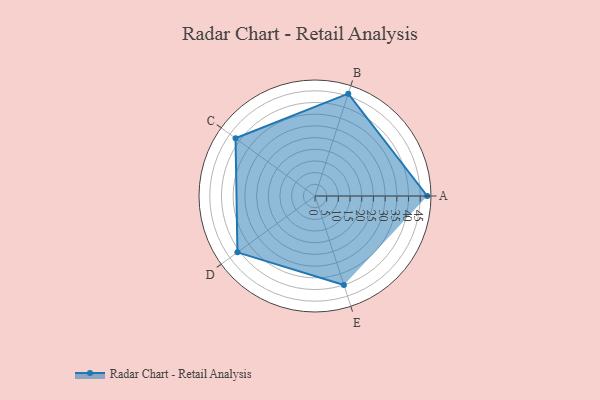
{"axis": {"x": "Skill", "y": "Score"}, "legend": ["Profile"], "data": [{"x": "A", "y": 48.0, "type": "Profile"}, {"x": "B", "y": 46.0, "type": "Profile"}, {"x": "C", "y": 42.0, "type": "Profile"}, {"x": "D", "y": 41.0, "type": "Profile"}, {"x": "E", "y": 40.0, "type": "Profile"}]}